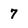
Character: 7